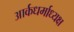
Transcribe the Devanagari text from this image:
आर्कधर्माध्यक्ष